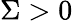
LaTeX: \Sigma>0